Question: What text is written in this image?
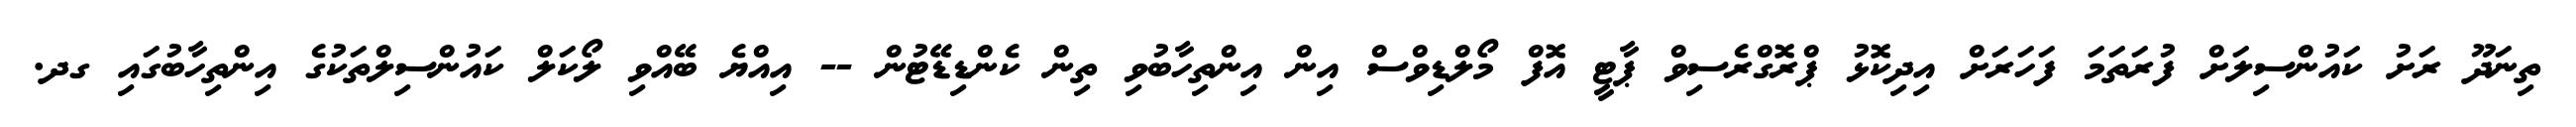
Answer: ތިނަދޫ ރަށު ކައުންސިލަށް ފުރަތަމަ ފަހަރަށް އިދިކޮޅު ޕްރޮގްރެސިވް ޕާޓީ އޮފް މޯލްޑިވްސް އިން އިންތިހާބުވި ތިން ކެންޑިޑޭޓުން -- އިއްޔެ ބޭއްވި ލޯކަލް ކައުންސިލްތަކުގެ އިންތިހާބުގައި ގދ.